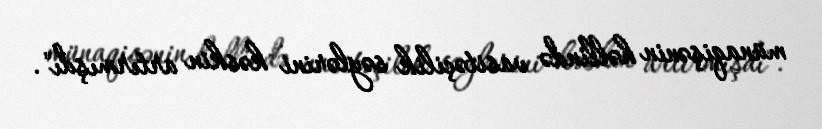
münaqişənin həllində vasitəçilik səylərini kəskin artırmışdı".